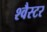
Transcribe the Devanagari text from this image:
श्वैस्टर